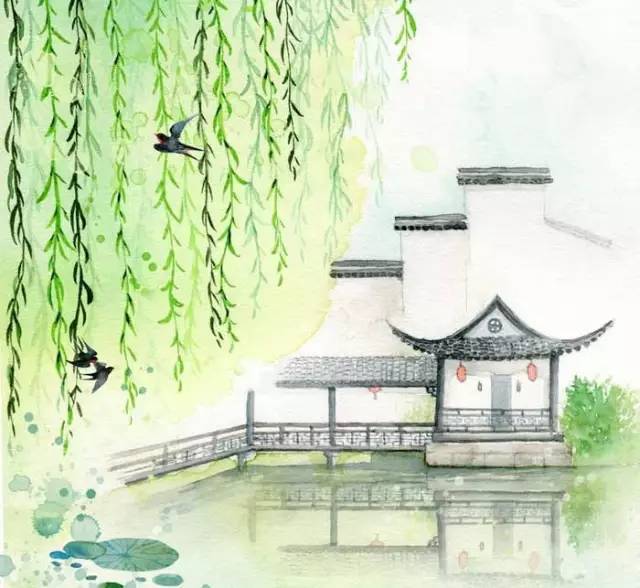
立尽黄昏泪几行，一片鸦啼月。